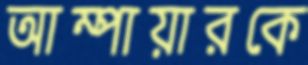
আম্পায়ারকে